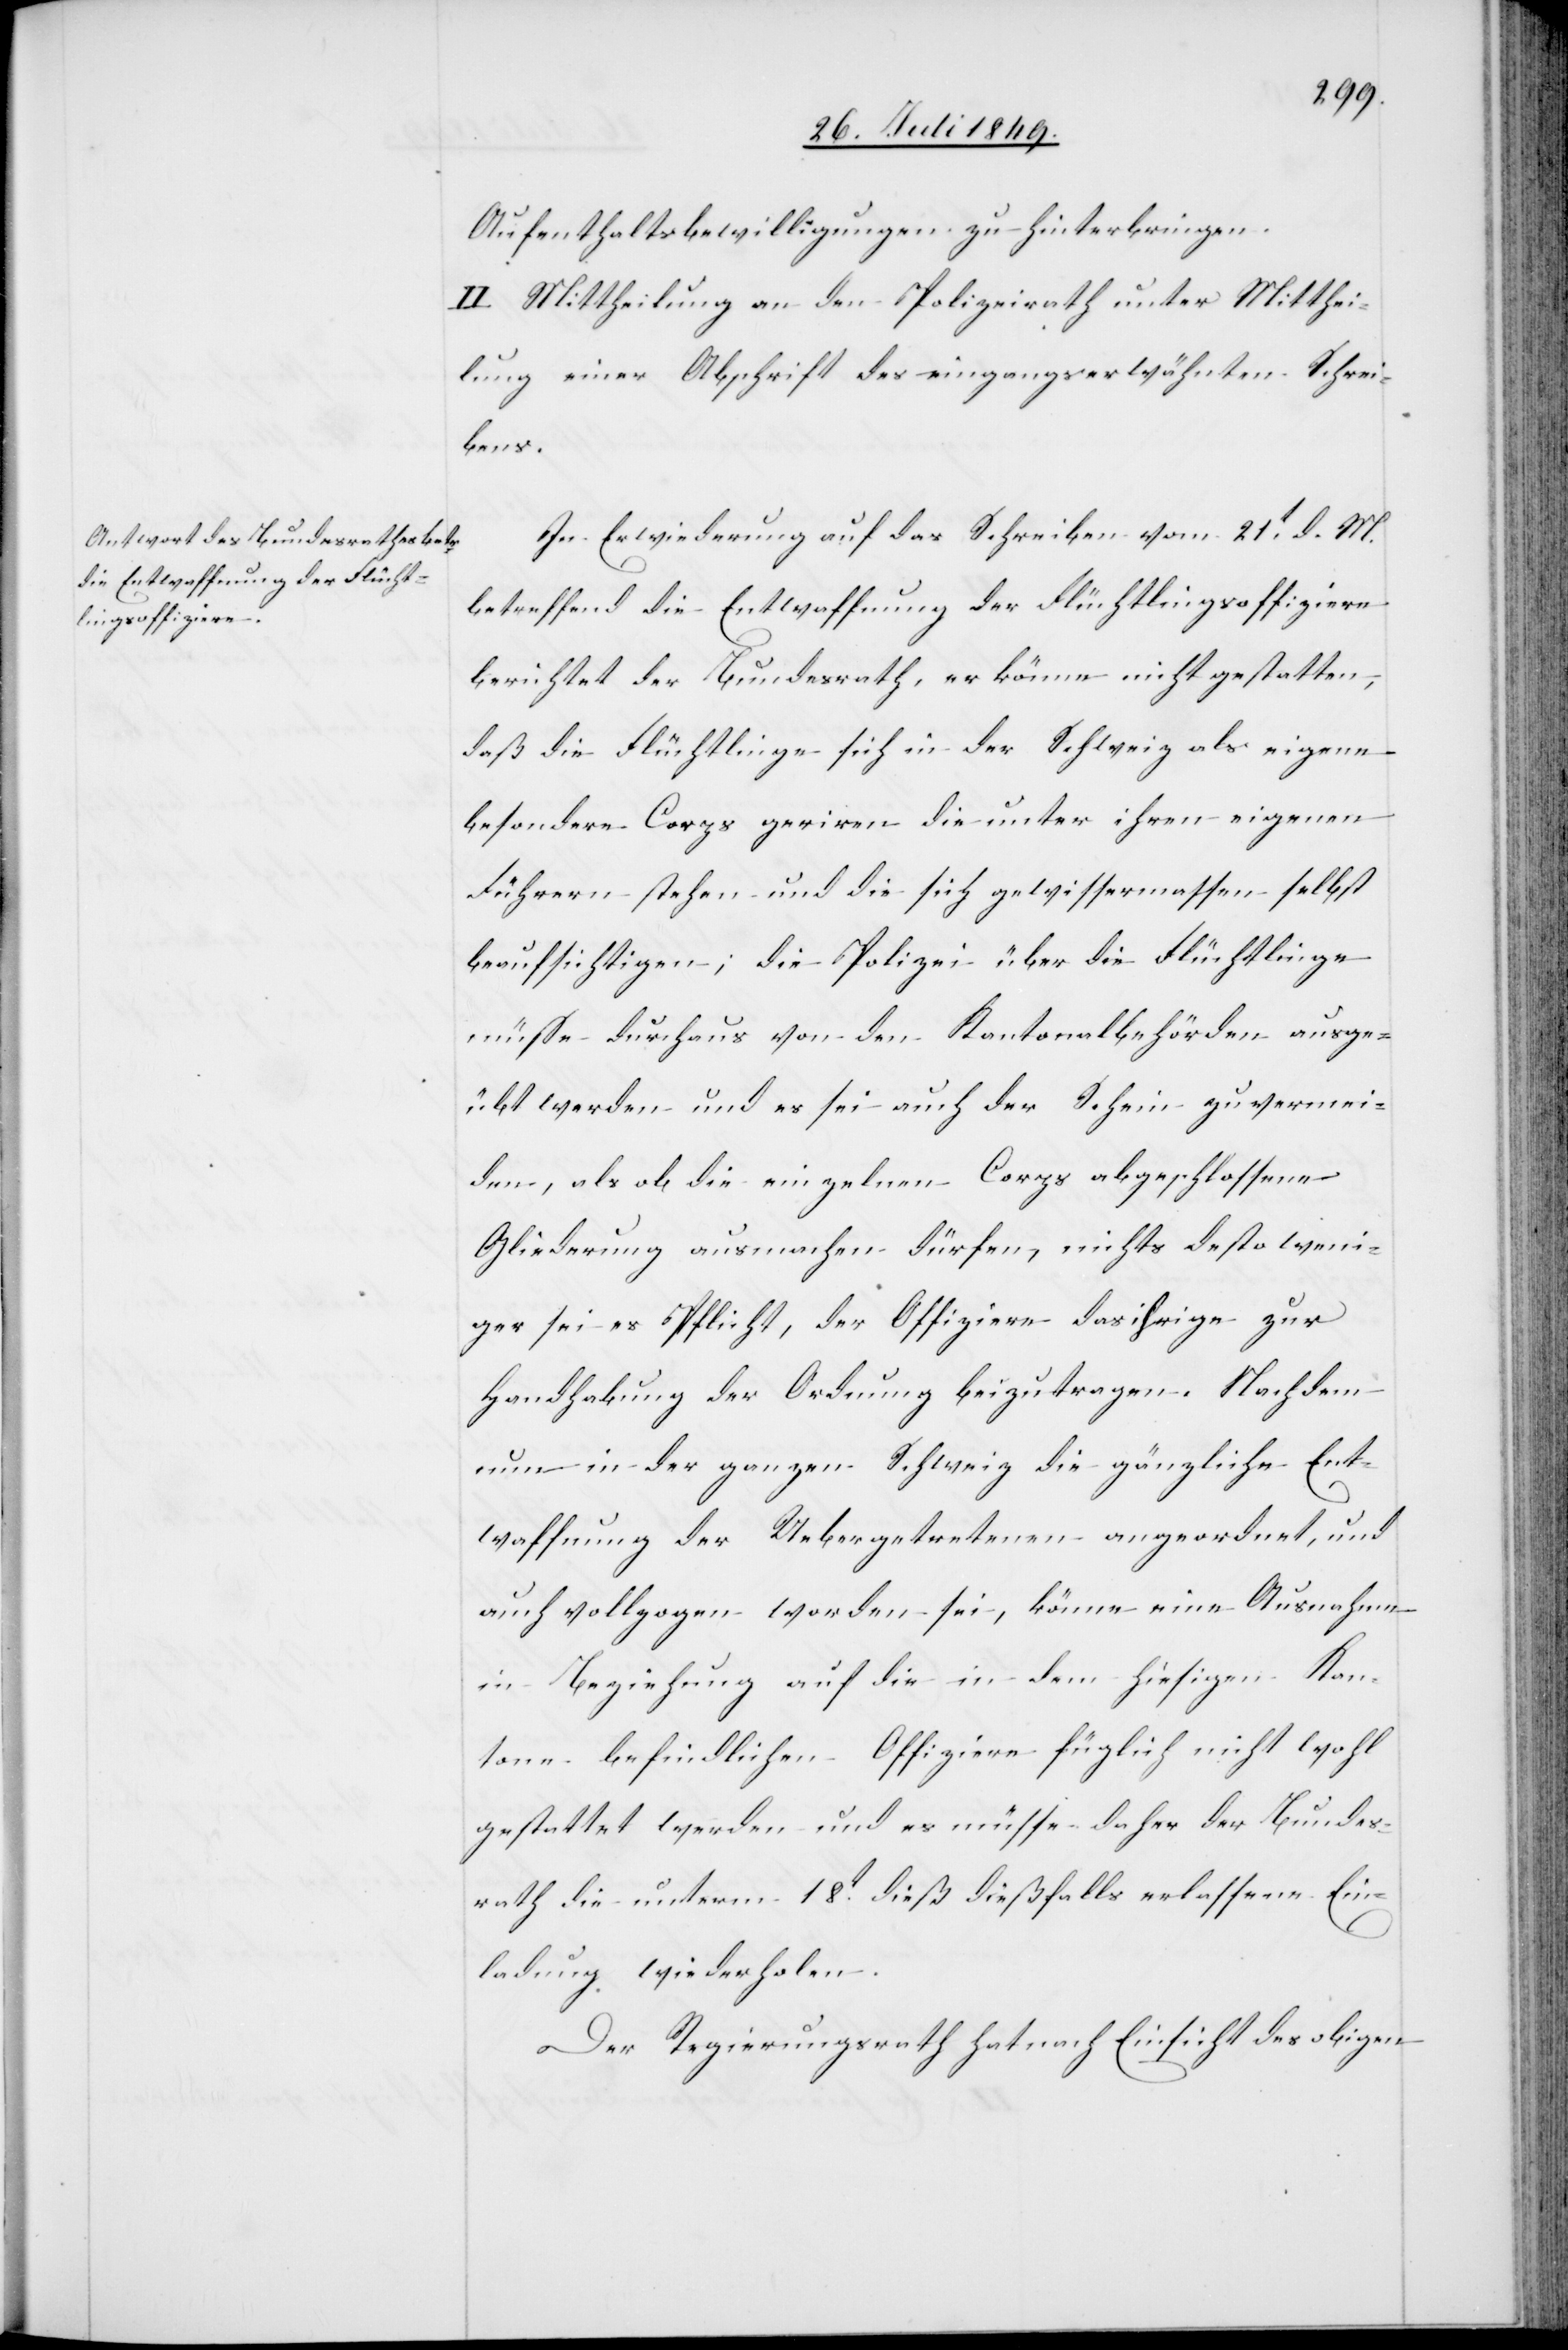
Aufenthaltsbewilligung zu hinterbringen.
II. Mittheilung an den Polizeirath unter Mitthei¬
lung einer Abschrift des eingangserwähnten Schrei¬
bens.
In Erwiederung auf das Schreiben vom 21t d. M.
betreffend die Entwaffnung der Flüchtlingsoffiziere
berichtet der Bundesrath, er könne nicht gestatten,
daß die Flüchtlinge sich in der Schweiz als eigene
besondere Corps geriren die unter ihren eigenen
müsse durchaus von den Kantonalbehörden ausge¬
übt werden und es sei auch der Schein zu vermei¬
den, als ob die einzelnen Corps abgeschlossene
Gliederung ausmachen dürfen, nichts desto weni¬
ger sei es Pflicht, der Offiziere das ihrige zur
Handhabung der Ordnung beizutragen. Nachdem
nun in der ganzen Schweiz die gänzliche Ent¬
waffnung der Uebergetretenen angeordnet, und
auch vollzogen worden sei, könne eine Ausnahme
in Beziehung auf die in dem hiesigen Kan¬
tone befindlichen Offiziere füglich nicht wohl
gestattet werden und es müsse daher der Bundes¬
rath die unterm 18t dieß dießfalls erlassene Ein¬
ladung wiederholen.
Der Regierungsrath hat nach Einsicht des obigen